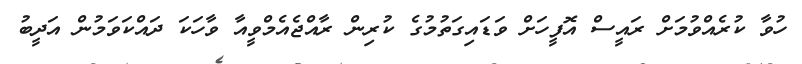
ހުވާ ކުރެއްވުމަށް ރައީސް އޮފީހަށް ވަޑައިގަތުމުގެ ކުރިން ރާއްޖެއެމްވީއާ ވާހަކަ ދައްކަވަމުން އަދީބު